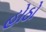
હોઠો